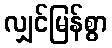
လျှင်မြန်စွာ